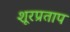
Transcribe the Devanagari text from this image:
शूरप्रताप